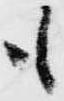
も